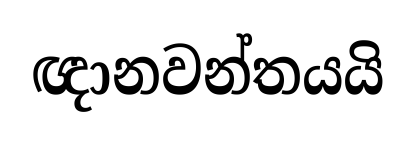
ඥානවන්තයයි